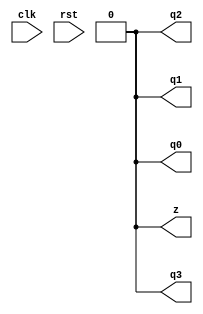
`timescale 1ns / 1ps
//////////////////////////////////////////////////////////////////////////////////
// Company: 
// Engineer: 
// 
// Design Name: 
// Module Name: decade
// Project Name: 
// Target Devices: 
// Tool Versions: 
// Description: 
// 
// Dependencies: 
// 
// Revision:
// Revision 0.01 - File Created
// Additional Comments:
// 
//////////////////////////////////////////////////////////////////////////////////


module decade(
    input clk,rst,
    output z,q3,q2,q1,q0
    );
reg qq3,qq2,qq1,qq0;
reg outs;
wire reset;

assign reset=rst;
always @(reset==1) begin
    qq3=0;qq2=0;qq1=0;qq0=0;
    outs=0;
end
assign q3=qq3;
assign q2=qq2;
assign q1=qq1;
assign q0=qq0;
assign z=outs;
always @(negedge clk&&reset==0) begin
    if((qq3==1)&&(qq2==0)&&(qq1==0)&&(qq0==1)) begin
        qq3=0;qq2=0;qq1=0;qq0=0;
        outs=1;
    end
    else if((qq3==1)&&(qq2==0)&&(qq1==0)&&(qq0==0)) begin
        qq3=1;qq2=0;qq1=0;qq0=1;
    end
    else if((qq3==0)&&(qq2==1)&&(qq1==1)&&(qq0==1)) begin
        qq3=1;qq2=0;qq1=0;qq0=0;
    end
    else if((qq3==0)&&(qq2==1)&&(qq1==1)&&(qq0==0)) begin
        qq3=0;qq2=1;qq1=1;qq0=1;
    end
    else if((qq3==0)&&(qq2==1)&&(qq1==0)&&(qq0==1)) begin
        qq3=0;qq2=1;qq1=1;qq0=0;
    end
    else if((qq3==0)&&(qq2==1)&&(qq1==0)&&(qq0==0)) begin
        qq3=0;qq2=1;qq1=0;qq0=1;
    end
    else if((qq3==0)&&(qq2==0)&&(qq1==1)&&(qq0==1)) begin
        qq3=0;qq2=1;qq1=0;qq0=0;
    end
    else if((qq3==0)&&(qq2==0)&&(qq1==1)&&(qq0==0)) begin
        qq3=0;qq2=0;qq1=1;qq0=1;
    end
    else if((qq3==0)&&(qq2==0)&&(qq1==0)&&(qq0==1)) begin
        qq3=0;qq2=0;qq1=1;qq0=0;
    end
    else if((qq3==0)&&(qq2==0)&&(qq1==0)&&(qq0==0)) begin
        qq3=0;qq2=0;qq1=0;qq0=1;
        outs=0;
    end
end
endmodule